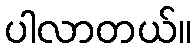
ပါလာတယ်။